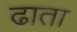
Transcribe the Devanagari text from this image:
ढाता